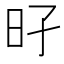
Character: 𰕳